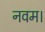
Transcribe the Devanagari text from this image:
नवम।